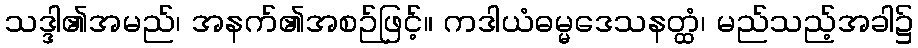
သဒ္ဒါ၏အမည်၊ အနက်၏အစဉ်ဖြင့်။ ကဒါယံဓမ္မဒေသနတ္ထံ၊ မည်သည့်အခါ၌